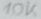
Text: 10K